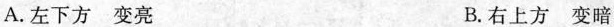
A.左下方变亮 B.右上方变暗